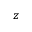
z